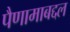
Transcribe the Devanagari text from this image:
पैणामाबद्दल